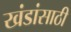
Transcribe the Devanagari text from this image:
खंडांसाठी